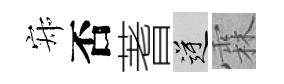
寂否蓍逆霖